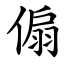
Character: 傓